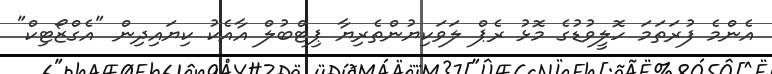
އެންމެ ފުރަތަމަ ހޮލީވުޑުގެ މޮޅު ރެޕް ލަވަކިޔުންތެރިޔާ ޕިޓްބުލް އާއެކު ކިޔައިދިން "އެގްޒޯޓިކް"